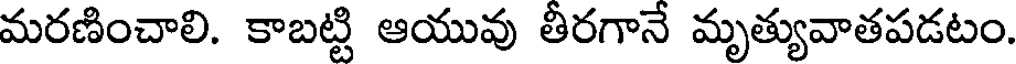
మరణించాలి. కాబట్టి ఆయువు తీరగానే మృత్యువాతపడటం.